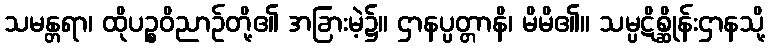
သမန္တရာ၊ ထိုပဉ္စဝိညာဉ်တို့၏ အခြားမဲ့၌။ ဌာနပ္ပတ္တာနိ၊ မိမိ၏။ သမ္ပဋိစ္ဆိုန်းဌာနသို့